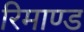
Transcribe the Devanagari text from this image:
रिमाण्ड